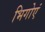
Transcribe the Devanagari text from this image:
भिगोएं